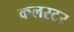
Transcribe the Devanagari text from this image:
कलस्टर